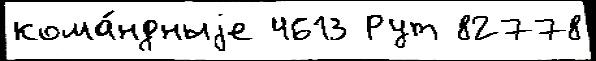
кома́ндныjе 4613 Рут 82778